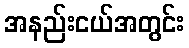
အနည်းငယ်အတွင်း